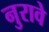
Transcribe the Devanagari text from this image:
नुरावे